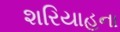
શરિયાહના